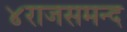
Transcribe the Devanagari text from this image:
४राजसमन्द